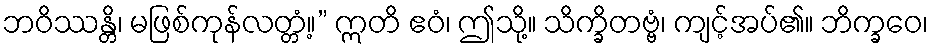
ဘဝိဿန္တိ၊ မဖြစ်ကုန်လတ္တံ့။” ဣတိ ဧဝံ၊ ဤသို့။ သိက္ခိတဗ္ဗံ၊ ကျင့်အပ်၏။ ဘိက္ခဝေ၊